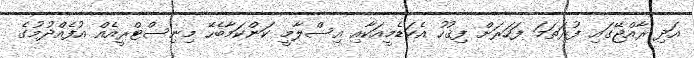
އަދި ރާއްޖޭގައި ފުރަތަމަ ފަހަރަށް ފިޤުހު އެކަޑެމީއަކާއި އިސްލާމީ ކަންކަމާބެހޭ މިނިސްޓްރީއެއް އުފެއްދުމުގެ